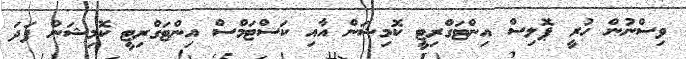
ވިސްނުން ހުރީ ޕޮލިސް އިންޓަގްރިޓީ ކޮމިޝަން އާއި ކަސްޓަމްސް އިންޓަގްރިޓީ ކޮމިޝަން ފަދަ